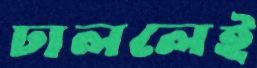
ঢাললেই